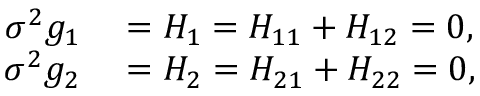
\begin{array} { r l } { \sigma ^ { 2 } g _ { 1 } } & { { } = H _ { 1 } = H _ { 1 1 } + H _ { 1 2 } = 0 , } \\ { \sigma ^ { 2 } g _ { 2 } } & { { } = H _ { 2 } = H _ { 2 1 } + H _ { 2 2 } = 0 , } \end{array}